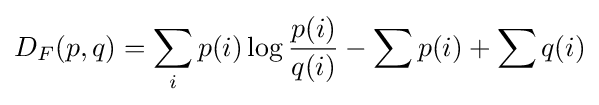
D_{F}(p,q)=\sum _{i}p(i)\log {\frac {p(i)}{q(i)}}-\sum p(i)+\sum q(i)